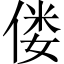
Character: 偻